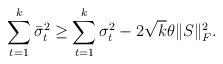
LaTeX: \begin{align*}\sum_{t=1}^{k}\bar{\sigma}^2_{t} \geq \sum_{t=1}^{k}\sigma^2_{t} - 2\sqrt{k} \theta \|S\|^2_F.\end{align*}